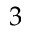
3